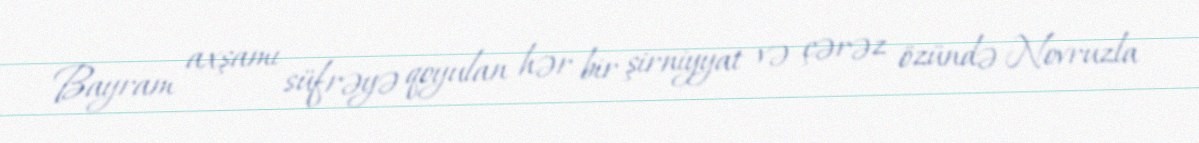
Bayram axşamı süfrəyə qoyulan hər bir şirniyyat və çərəz özündə Novruzla